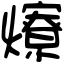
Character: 爎